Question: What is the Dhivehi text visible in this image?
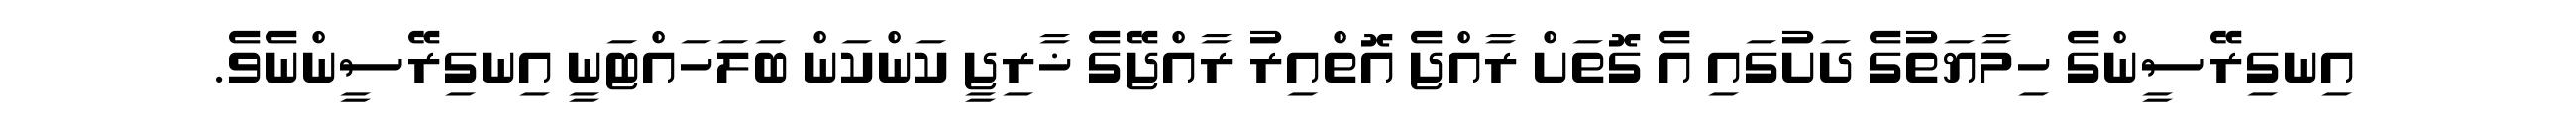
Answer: އިނގިރޭސީންގެ ހިމާޔަތުގެ ދަށުގައި އެ ގޮތަށް ރާއްޖެ އޮތްއިރު ރާއްޖޭގެ ޚާރިޖީ ކަންކަން ބަލަހައްޓަނީ އިނގިރޭސީންނެވެ.